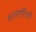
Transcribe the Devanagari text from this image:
सत्यरूपिणी